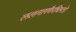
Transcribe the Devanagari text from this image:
ललनागणैरधिगतो